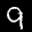
Label: 9